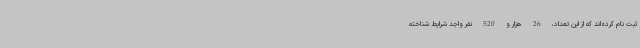
ثبت نام کرده‌اند که از این تعداد، 26 هزار و 520 نفر واجد شرایط شناخته